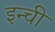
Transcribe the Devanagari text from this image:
इन्ची